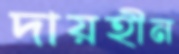
দায়হীন